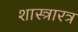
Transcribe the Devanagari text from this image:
शास्त्रारत्र